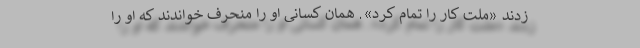
زدند «ملت کار را تمام کرد». همان کسانی او را منحرف خواندند که او را